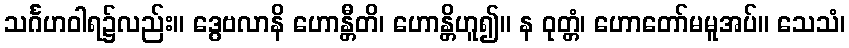
သင်္ဂဟဝါရ၌လည်း။ ဒွေဗလာနိ ဟောန္တီတိ၊ ဟောန္တိဟူ၍။ န ဝုတ္တံ၊ ဟောတော်မမူအပ်။ သေသံ၊